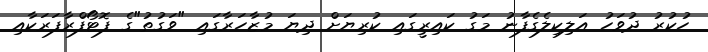
ހުކުރު ދުވަހު އަލިކިލެގެފާނު މަގު ކައިރީގައި ކުރިޔަށް ދިޔަ މުޒާހަރާގައި "ވަގުތު"ގެ ފޮޓޯފްރާފަރަކާއި